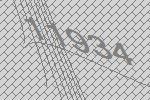
11934